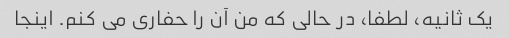
یک ثانیه، لطفا، در حالی که من آن را حفاری می کنم. اینجا